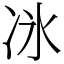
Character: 𫥇